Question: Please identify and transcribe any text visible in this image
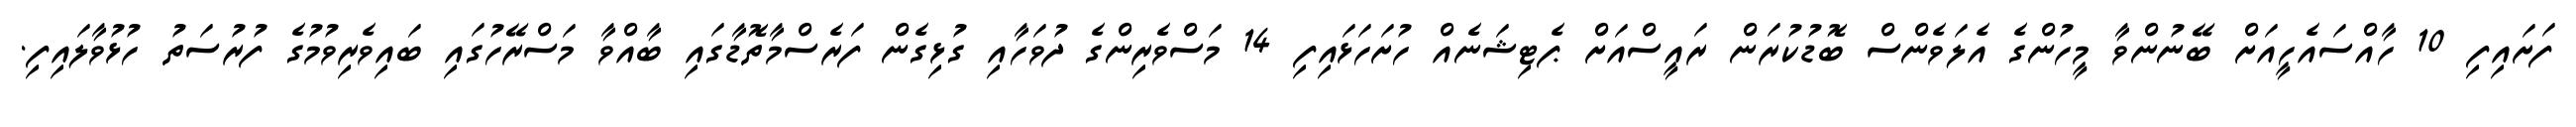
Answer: ފަށައިފި 10 ހާއްސައެހީއަށް ބޭނުންވާ މީހުންގެ އެލަވެންސް ބޮޑުކުރަން ރައީސްއަށް ޕެޓިޝަނެއް ހުށަހަޅައިފި 14 މަސްވެރިންގެ ދުވަހާއި ގުޅިގެން ފަރެސްމާތޮޑާގައި ބާއްވާ މަސްރޭހުގައި ބައިވެރިވުމުގެ ފުރުސަތު ހުޅުވާލައިފި.